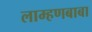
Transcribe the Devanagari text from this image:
लाम्हणबाबा